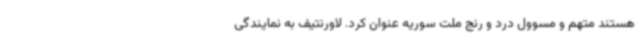
هستند متهم و مسوول درد و رنج ملت سوریه عنوان کرد. لاورنتیف به نمایندگی